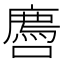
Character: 𫬅